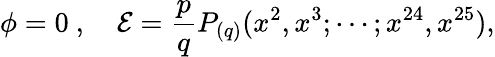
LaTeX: \phi=0\ ,\quad\mathcal{E}=\frac{p}{q}P_{(q)}(x^{2},x^{3};\cdots;x^{24},x^{25}),